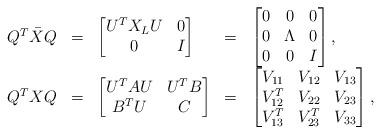
LaTeX: \begin{align*}\begin{array}{rclcl} Q^T \bar{X}Q & = & \begin{bmatrix} U^T X_L U & 0 \\ 0 & I \end{bmatrix} & = & \begin{bmatrix} 0 & 0 & 0 \\ 0 & \Lambda & 0 \\ 0 & 0 & I \end{bmatrix}, \\Q^T X Q & = & \begin{bmatrix} U^T A U & U^T B \\ B^T U & C \end{bmatrix} & = & \begin{bmatrix} V_{11} & V_{12} & V_{13} \\ V_{12}^T & V_{22} & V_{23} \\ V_{13}^T & V_{23}^T & V_{33} \end{bmatrix},\end{array}\end{align*}